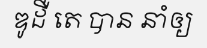
ឌូដឺ តេ បាន នាំឲ្យ